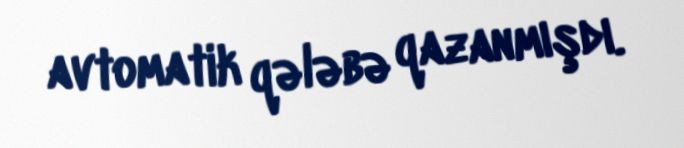
avtomatik qələbə qazanmışdı.